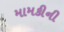
મામકીની